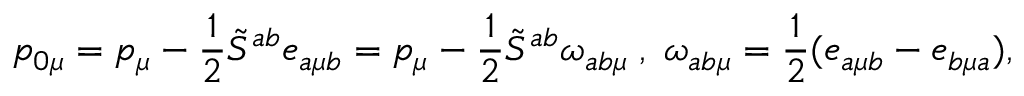
p _ { 0 \mu } = p _ { \mu } - \frac { 1 } { 2 } \tilde { S } ^ { a b } e _ { a \mu b } = p _ { \mu } - \frac { 1 } { 2 } \tilde { S } ^ { a b } \omega _ { a b \mu } \; , \; \omega _ { a b \mu } = \frac { 1 } { 2 } ( e _ { a \mu b } - e _ { b \mu a } ) ,